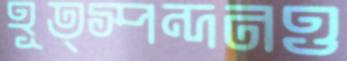
হূত্স্পন্দনও